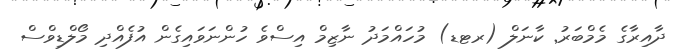
ދާއިރާގެ މެމްބަރު